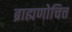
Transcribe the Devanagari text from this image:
ब्राह्मणोचित्त